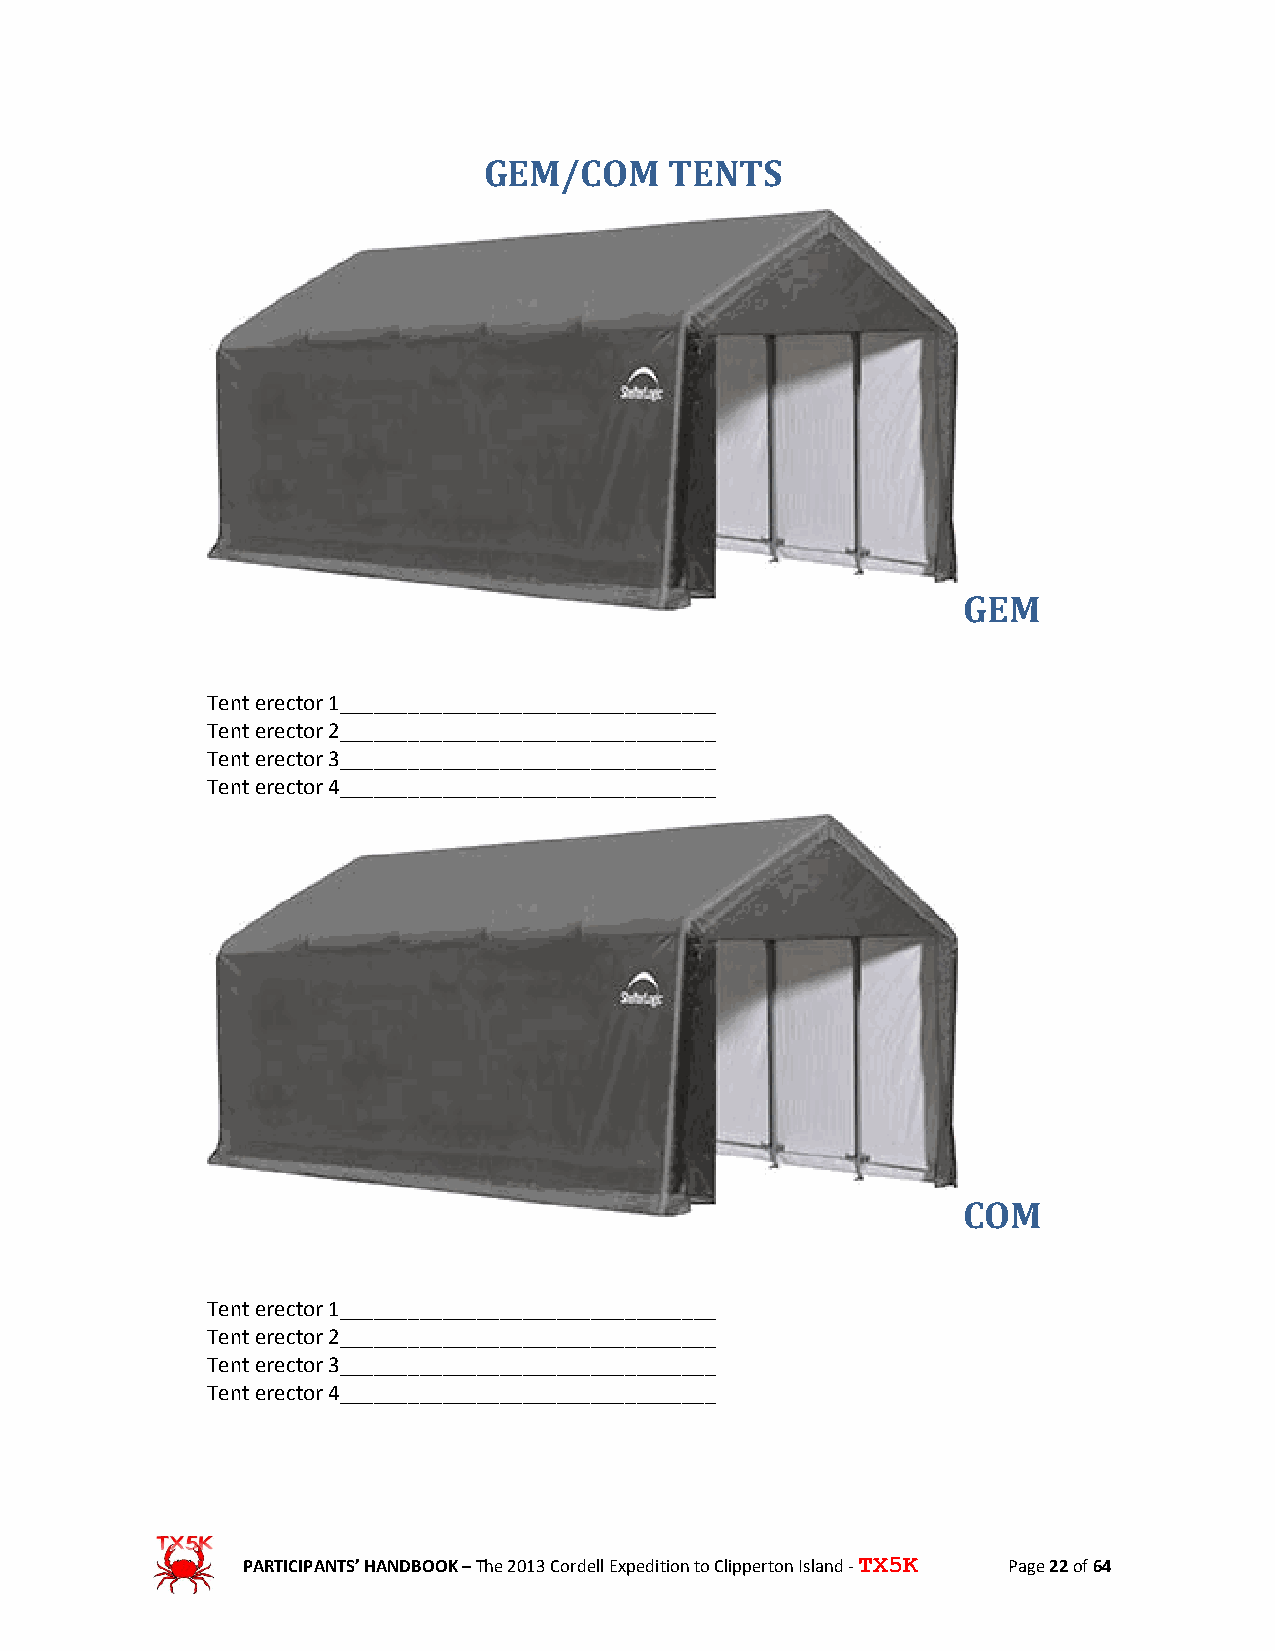
GEM/COM     TENTS
 GEM
 Tent erector 1_________________________________
 Tent erector 2_________________________________
 Tent erector 3_________________________________
 Tent erector 4_________________________________
 COM
 Tent erector 1_________________________________
 Tent erector 2_________________________________
 Tent erector 3_________________________________
 Tent erector 4_________________________________
 PARTICIPANTS’ HANDBOOK – The 2013 Cordell Expedition to Clipperton Island - TX5K Page 22 of 64